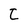
Character: t